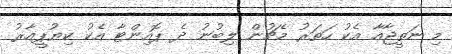
މި ނަތީޖާއާ އެކު ހަތަރު މެޗުން ލިބުނު ދެ ޕޮއިންޓާ އެކު ކިޔުޕީއާރު